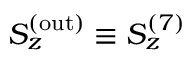
S _ { z } ^ { ( \mathrm { o u t } ) } \equiv S _ { z } ^ { ( 7 ) }